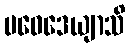
ပဝေဒေယျာသိ